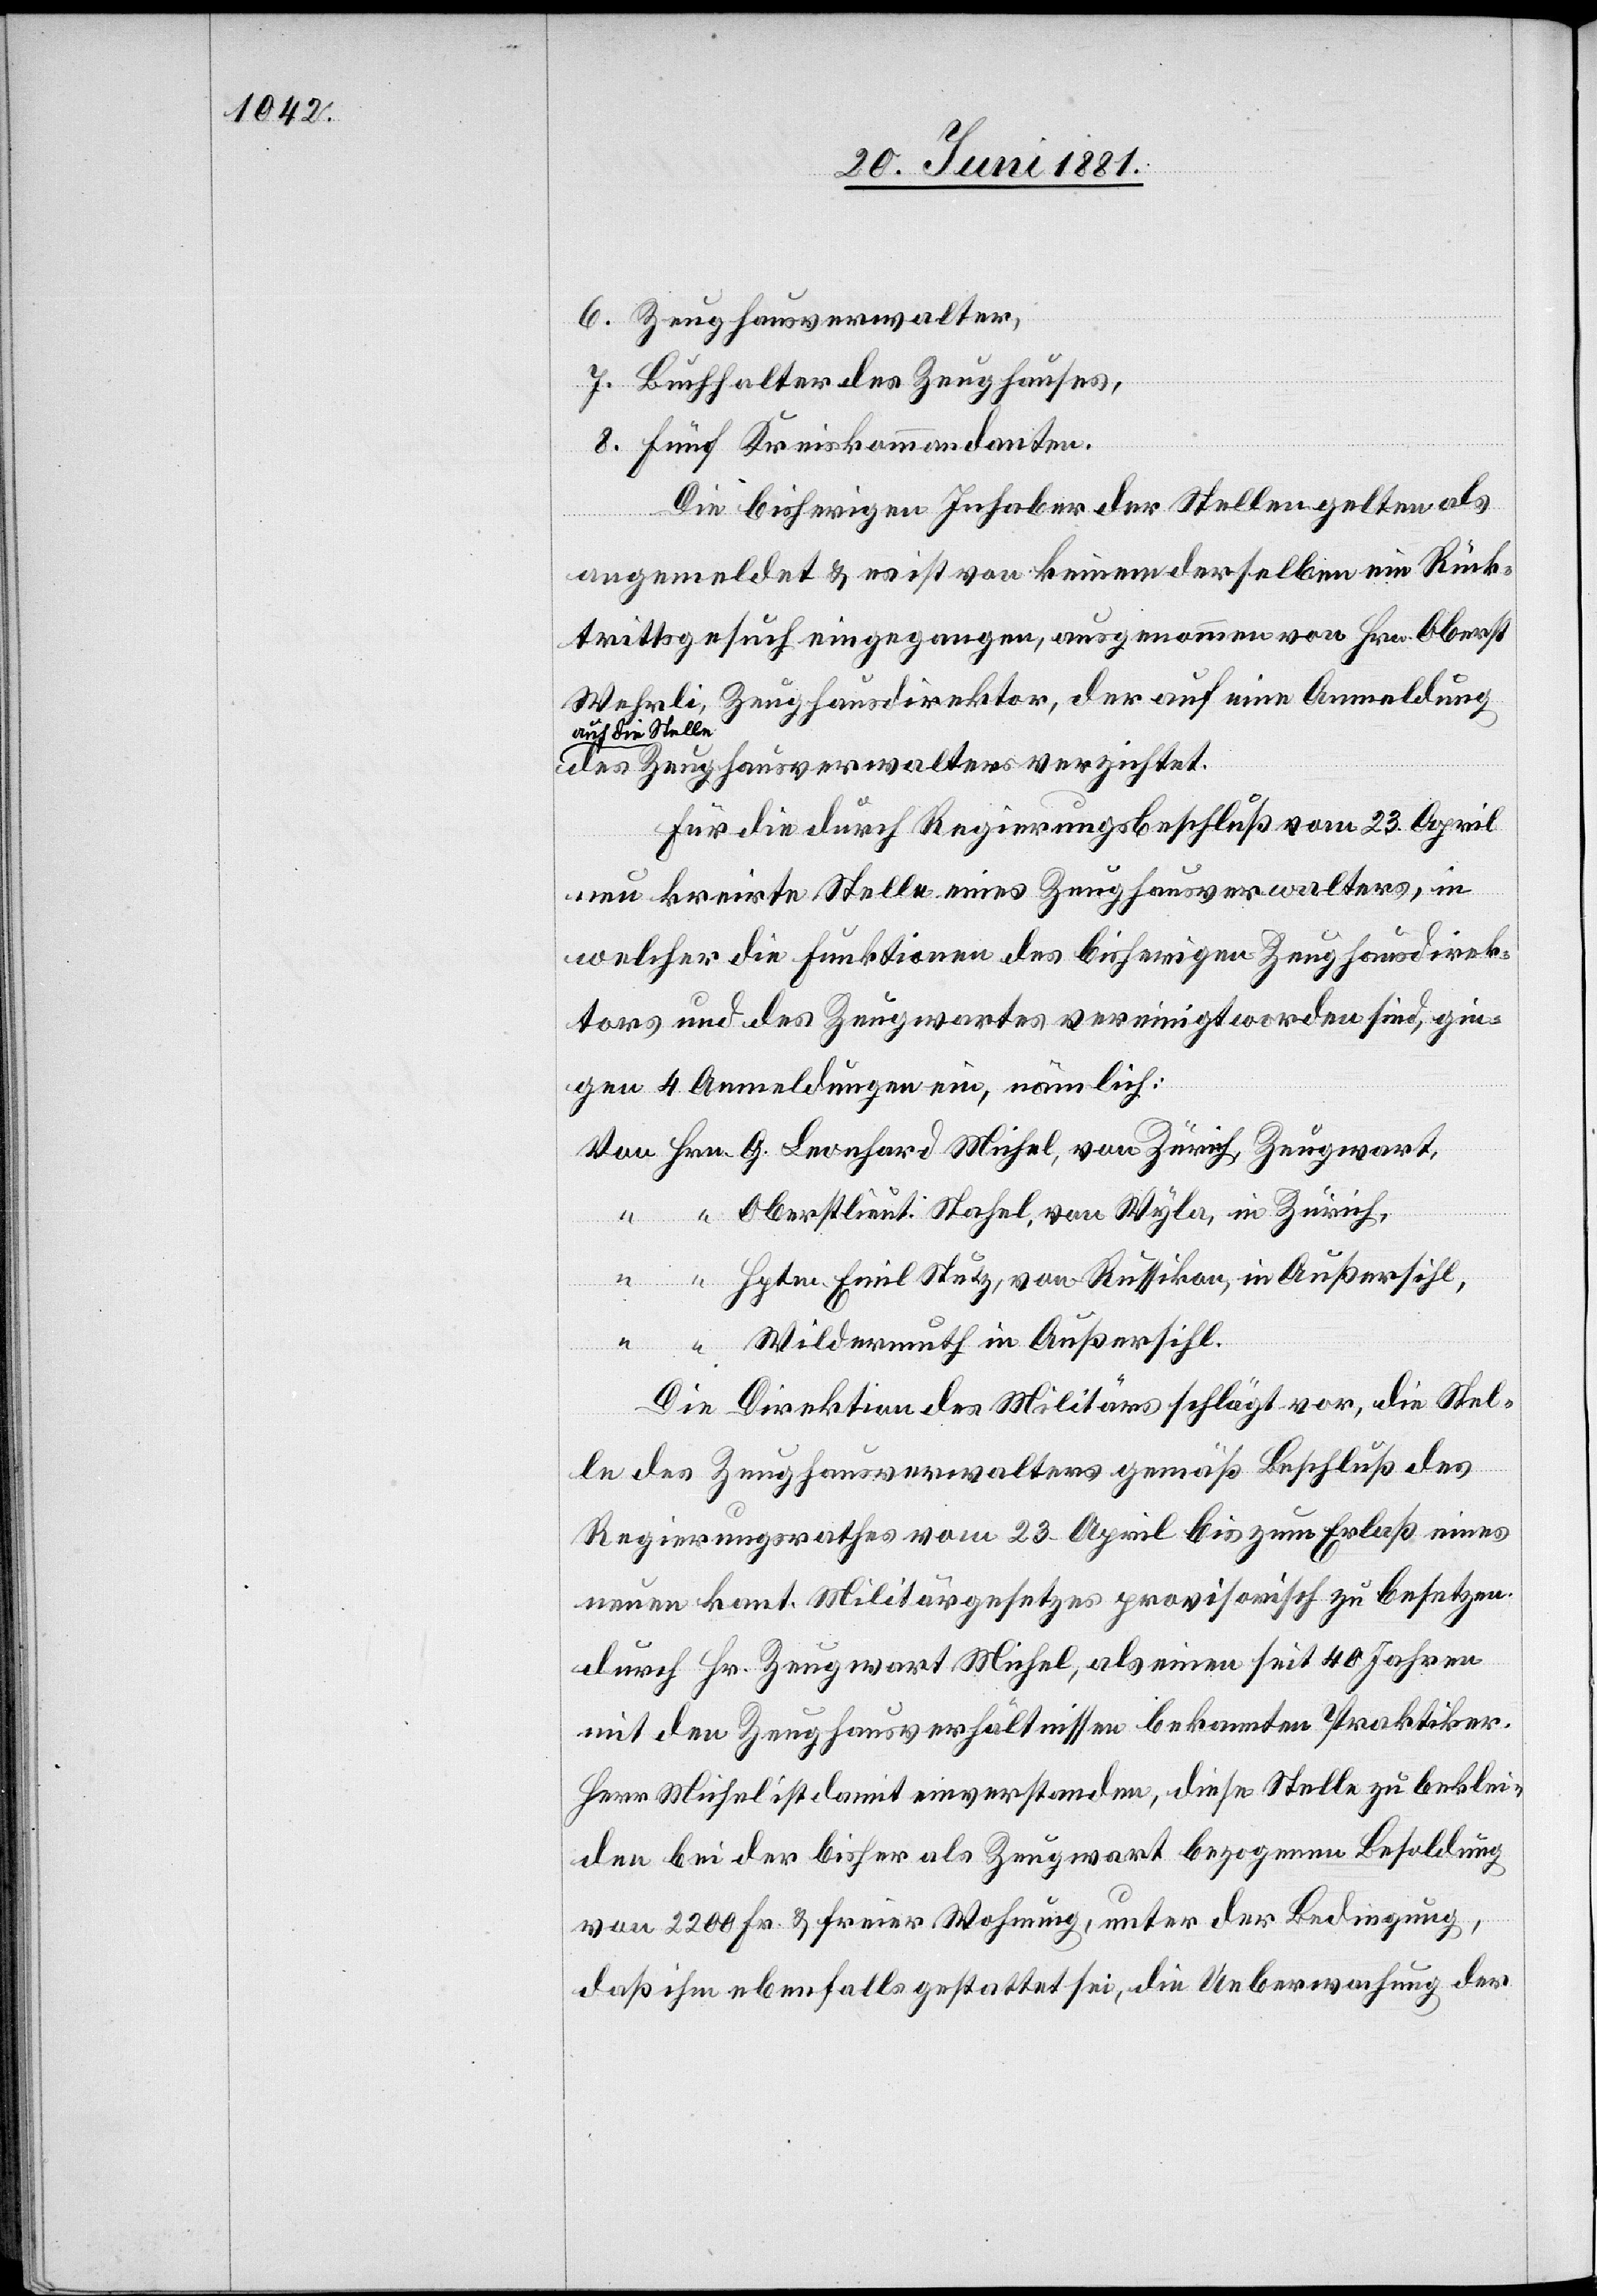
6. Zeughausverwalter,
7. Buchhalter des Zeughauses,
8. Fünf Kreiskommandanten.
Die bisherigen Inhaber der Stellen gelten als
von
angemeldet & es ist von keinem derselben ein Rück¬
trittsgesuch eingegangen, ausgenommen von Hrn. Oberst
Wehrli, Zeughausdirektor, der auf eine Anmeldung
a-auf die Stelle-a
des Zeughausverwalters verzichtet.
Für die durch Regierungsbeschluß vom 23. April
neu kreirte Stelle eines Zeughausverwalters, in
welcher die Funktionen des bisherigen Zeughausdirek¬
tors und des Zeugwartes vereinigt worden sind, gin¬
gen 4 Anmeldungen ein, nämlich:
Oberstlieut. Stahel, von Wyla, in Zürich,
Hptm. Emil Stutz, von Russikon, in Außersihl,
Wildermuth in Außersihl.
Die Direktion des Militärs schlägt vor, die Stel¬
le des Zeughausverwalters gemäß Beschluß des
Regierungsrathes vom 23. April bis zum Erlaß eines
neuen kant. Militärgesetzes provisorisch zu besetzen
durch Hr. Zeugwart Michel, als einen seit 40 Jahren
mit den Zeughausverhältnissen bekannten Praktiker.
Herr Michel ist damit einverstanden, diese Stelle zu beklei¬
den bei der bisher als Zeugwart bezogenen Besoldung
von 2200 Fr. & freier Wohnung, unter der Bedingung,
daß ihm ebenfalls gestattet sei, die Ueberwachung der